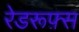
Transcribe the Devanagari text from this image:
रेडरूफ़्स